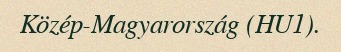
Közép-Magyarország (HU1).